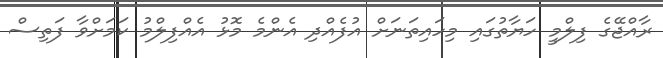
ރާއްޖޭގެ ފިލްމީ ހަޔާތުގައި މިހައިތަނަށް އުފެއްދި އެންމެ މޮޅު އެއްފިލްމު ކަމަށްވާ ފަތިސް